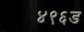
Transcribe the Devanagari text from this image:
४९६ड